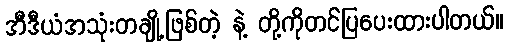
အီဒီယံအသုံးတချို့ဖြစ်တဲ့ နဲ့ တို့ကိုတင်ပြပေးထားပါတယ်။